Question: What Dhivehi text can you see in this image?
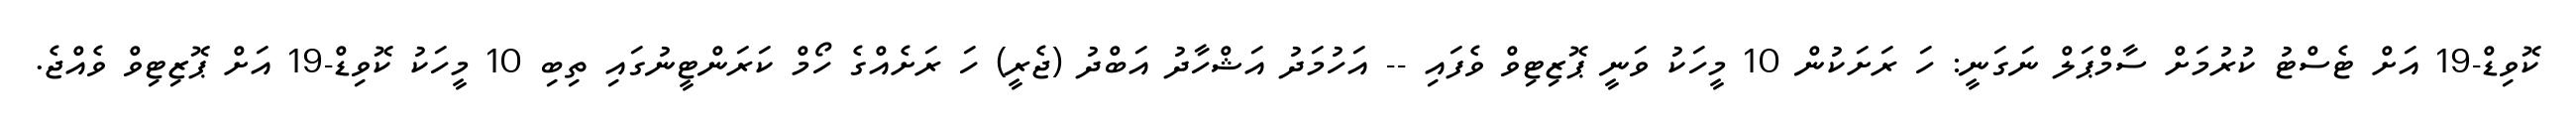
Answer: ކޮވިޑް-19 އަށް ޓެސްޓު ކުރުމަށް ސާމްޕަލް ނަގަނީ: ހަ ރަށަކުން 10 މީހަކު ވަނީ ޕޮޒިޓިވް ވެފައި -- އަހުމަދު އަޝްހާދު އަބްދު (ޖެރީ) ހަ ރަށެއްގެ ހޯމް ކަރަންޓީނުގައި ތިބި 10 މީހަކު ކޮވިޑް-19 އަށް ޕޮޒިޓިވް ވެއްޖެ.